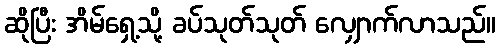
ဆိုပြီး အိမ်ရှေ့သို့ ခပ်သုတ်သုတ် လျှောက်လာသည်။